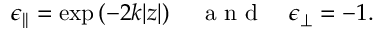
\epsilon _ { | | } = \exp \left( { - 2 k | z | } \right) \quad \textrm { a n d } \quad \epsilon _ { \perp } = - 1 .